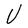
Character: V